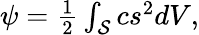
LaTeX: \begin{array}{r}{\psi=\frac 12\int_{\mathcal S}cs^{2}dV,}\end{array}